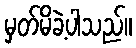
မှတ်မိခဲ့ပါသည်။